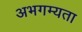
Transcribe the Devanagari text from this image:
अभगम्यता